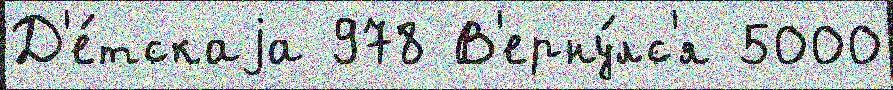
Д'е́тскаjа 978 В'ерну́лс'я 5000